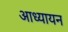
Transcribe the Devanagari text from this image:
आध्यायन